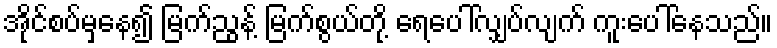
အိုင်စပ်မှနေ၍ မြက်ညွန့် မြက်စွယ်တို့ ရေပေါ်လျှပ်လျက် ကူးပေါ်နေသည်။